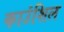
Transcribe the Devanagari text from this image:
काउंशिल